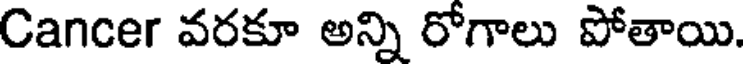
Cancer వరకూ అన్ని రోగాలు పోతాయి.